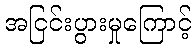
အငြင်းပွားမှုကြောင့်